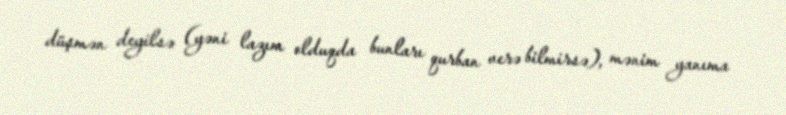
düşmən deyilsə (yəni lazım olduqda bunları qurban verə bilmirsə), mənim yanıma